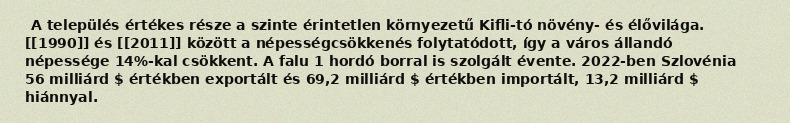
A település értékes része a szinte érintetlen környezetű Kifli-tó növény- és élővilága. [[1990]] és [[2011]] között a népességcsökkenés folytatódott, így a város állandó népessége 14%-kal csökkent. A falu 1 hordó borral is szolgált évente. 2022-ben Szlovénia 56 milliárd $ értékben exportált és 69,2 milliárd $ értékben importált, 13,2 milliárd $ hiánnyal.